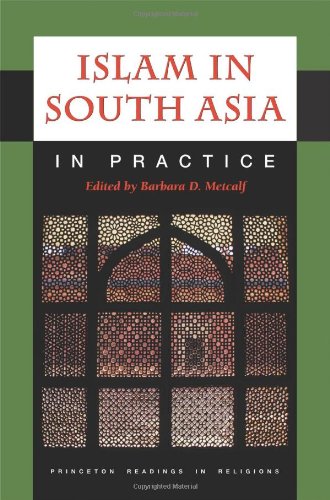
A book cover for Islam in South Asia in Practice (Princeton Readings in Religions); Religion & Spirituality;